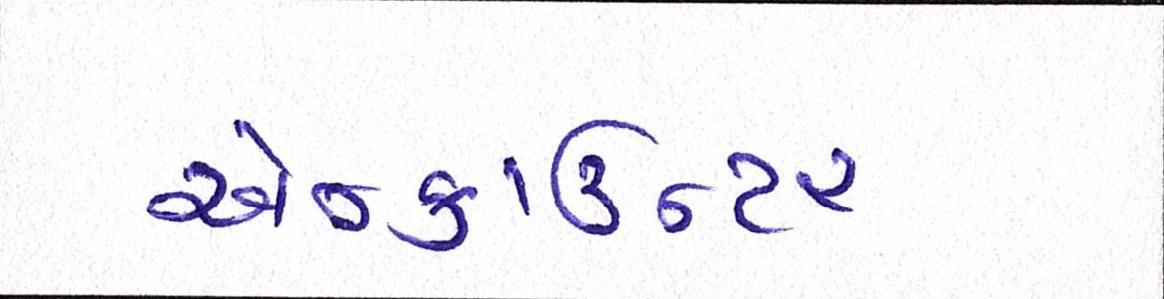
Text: એન્કાઉન્ટર